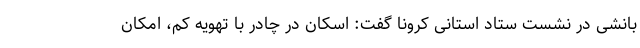
بانشی در نشست ستاد استانی کرونا گفت: اسکان در چادر با تهویه کم، امکان